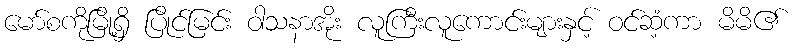
မော်စကိုမြို့ရှိ ပြိုင်မြင်း ဝါသနာအိုး လူကြီးလူကောင်းများနှင့် ဝင်ဆံ့ကာ မိမိ၏